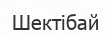
Шектібай